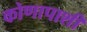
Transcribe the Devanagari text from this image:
कोणापाशी